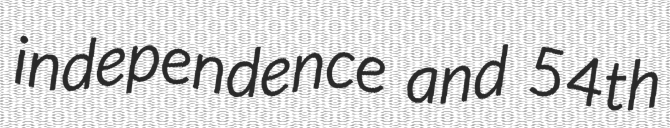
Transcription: independence and 54th